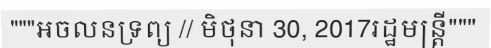
"""អចលនទ្រព្យ // មិថុនា 30, 2017រដ្ឋមន្ត្រី"""